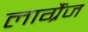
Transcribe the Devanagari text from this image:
लाग्रैंज